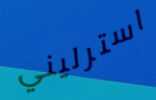
استرليني